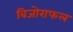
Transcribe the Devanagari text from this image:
बिजोराफल